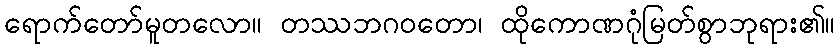
ရောက်တော်မူတလော။ တဿဘဂဝတော၊ ထိုကောဏဂုံမြတ်စွာဘုရား၏။